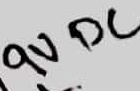
Text: 9VDC